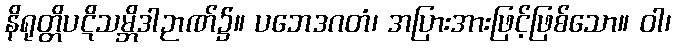
နိရုတ္တိပဋိသမ္ဘိဒါဉာဏ်၌။ ပဘေဒဂတံ၊ အပြားအားဖြင့်ဖြစ်သော။ ဝါ၊